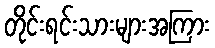
တိုင်းရင်းသားများအကြား